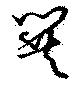
巽